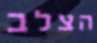
הצלב